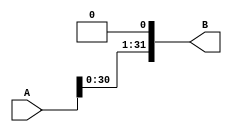
`timescale 1ns / 1ps
//////////////////////////////////////////////////////////////////////////////////
// Company: 
// Engineer: 
// 
// Design Name: 
// Module Name: shift
// Project Name: 
// Target Devices: 
// Tool Versions: 
// Description: 
// 
// Dependencies: 
// 
// Revision:
// Revision 0.01 - File Created
// Additional Comments:
// 
//////////////////////////////////////////////////////////////////////////////////


module shift #(parameter n = 32)(input[n-1:0] A, output[n-1:0] B);

assign B = {A[n-2:0], 1'b0};

endmodule